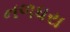
નળધરા